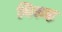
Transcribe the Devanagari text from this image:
निरूढ़